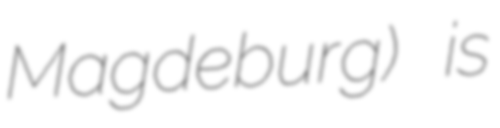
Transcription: Magdeburg) is